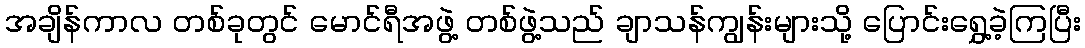
အချိန်ကာလ တစ်ခုတွင် မောင်ရီအဖွဲ့ တစ်ဖွဲ့သည် ချာသန်ကျွန်းများသို့ ပြောင်းရွှေ့ခဲ့ကြပြီး